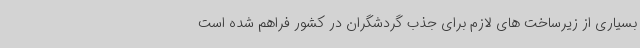
بسیاری از زیرساخت های لازم برای جذب گردشگران در کشور فراهم شده است